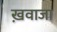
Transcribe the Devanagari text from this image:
ख़वाजा